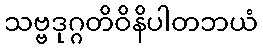
သဗ္ဗဒုဂ္ဂတိဝိနိပါတဘယံ